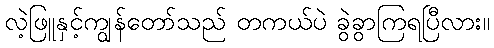
လဲ့ဖြူနှင့်ကျွန်တော်သည် တကယ်ပဲ ခွဲခွာကြရပြီလား။